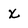
Character: x